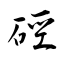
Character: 硜